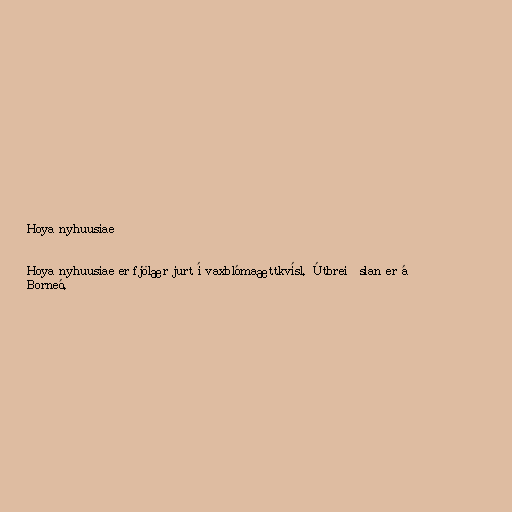
Hoya nyhuusiae

Hoya nyhuusiae er fjölær jurt í vaxblómaættkvísl. Útbreiðslan er á
Borneó.